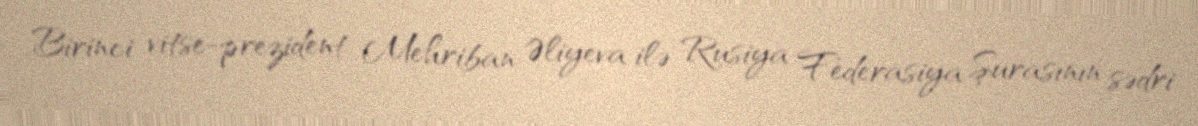
Birinci vitse-prezident Mehriban Əliyeva ilə Rusiya Federasiya Şurasının sədri